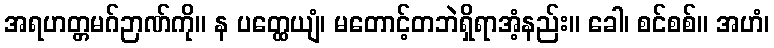
အရဟတ္တမဂ်ဉာဏ်ကို။ န ပတ္ထေယျံ၊ မတောင့်တဘဲရှိရာအံ့နည်း။ ခေါ၊ စင်စစ်။ အဟံ၊